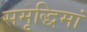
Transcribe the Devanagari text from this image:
समृद्धिमां